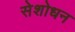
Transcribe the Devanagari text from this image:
सेशोधन